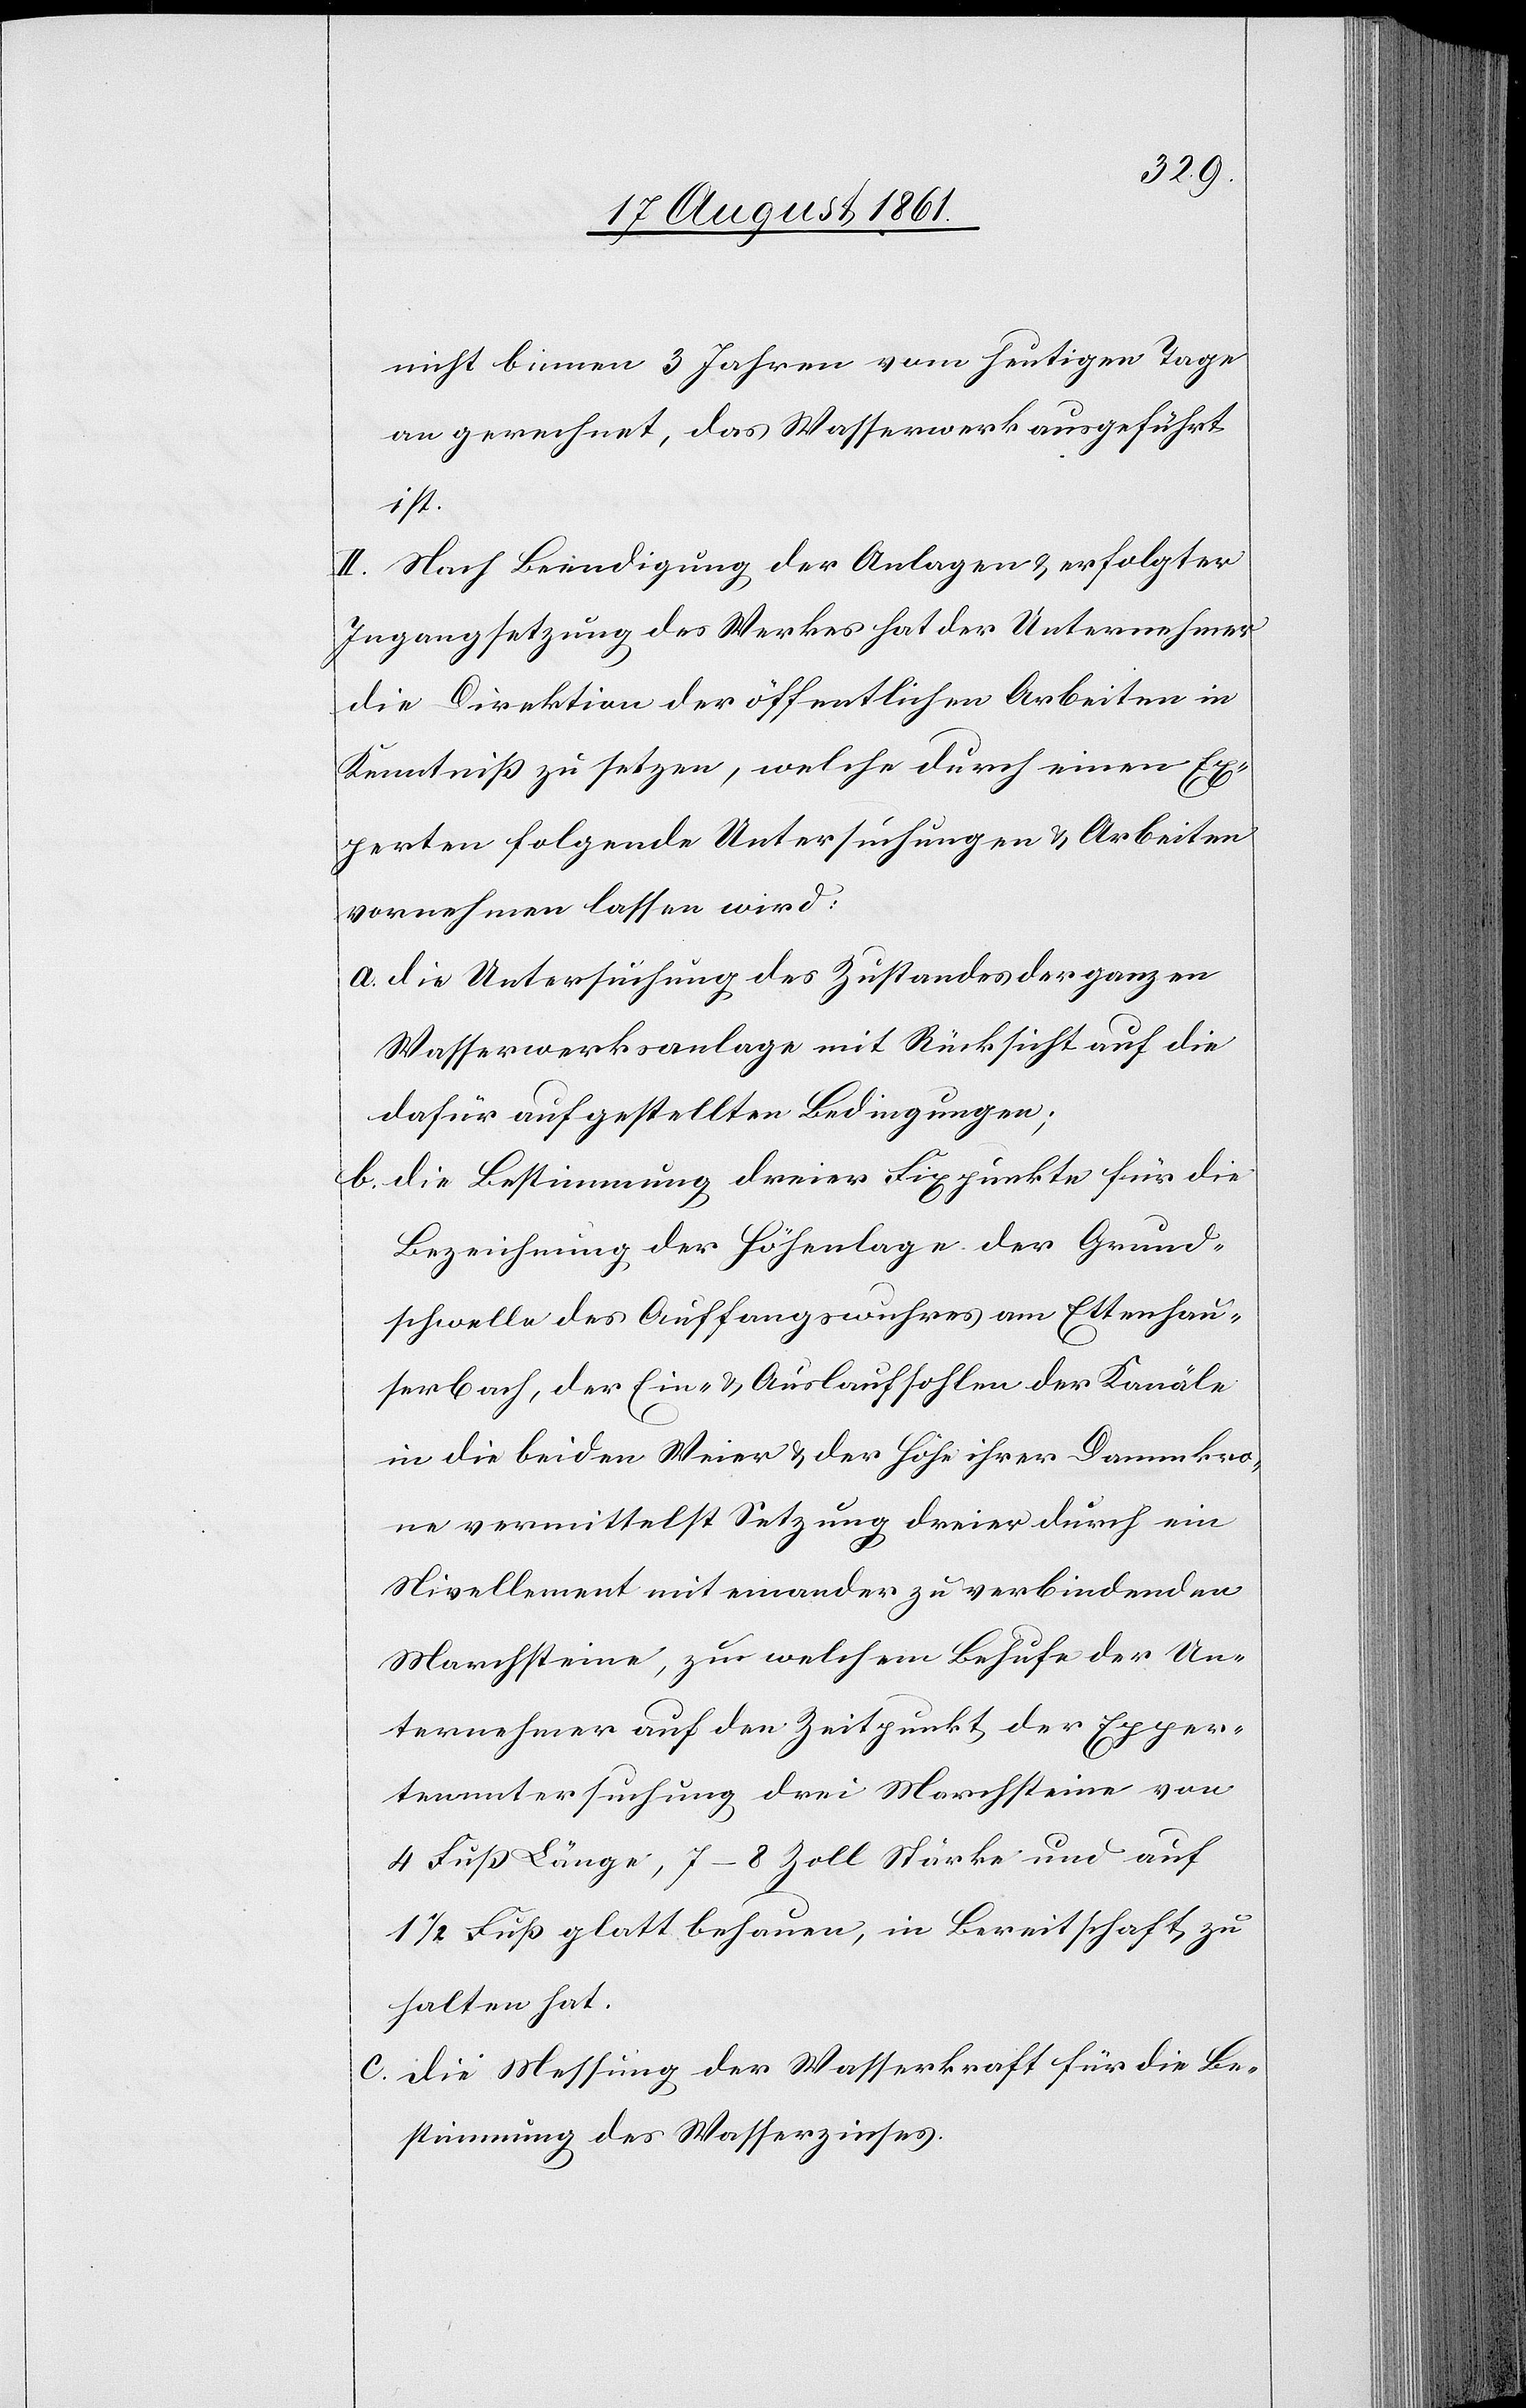
nicht binnen 3 Jahren vom heutigen Tage
an gerechnet, das Wasserwerk ausgeführt
ist.
II. Nach Beendigung der Anlagen u. erfolgten
Ingangsetzung des Werkes hat der Unternehmer
die Direktion der öffentlichen Arbeiten in
Kenntniß zu setzen, welche durch einen Ex¬
perten folgende Untersuchungen u. Arbeiten
vornehmen lassen wird:
a. Die Untersuchung des Zustandes der ganzen
Wasserwerksanlage mit Rücksicht auf die
dafür aufgestellten Bedingungen;
b. Die Bestimmung dreier Fixpunkte für die
Bezeichnung der Höhenlage der Grund¬
schwelle des Auffangswuhres am Ettenhau¬
serbach, der Ein- u. Auslaufsohlen der Kanäle
in die beiden Weier u. der Höhe ihrer Dammkro¬
ne vermittelst Setzung dreier durch ein
Nivellement miteinander zu verbindenden
Marchsteine, zu welchem Behufe der Un¬
ternehmer auf den Zeitpunkt der Exper¬
tenuntersuchung drei Marchsteine von
4 Fuß Länge, 7–8 Zoll Stärke und auf
1/2 Fuß glatt behauen, in Bereitschaft zu
halten hat.
c. Die Messung der Wasserkraft für die Be¬
stimmung des Wasserzinses.